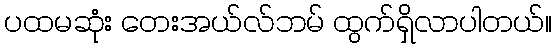
ပထမဆုံး တေးအယ်လ်ဘမ် ထွက်ရှိလာပါတယ်။